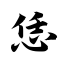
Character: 恁